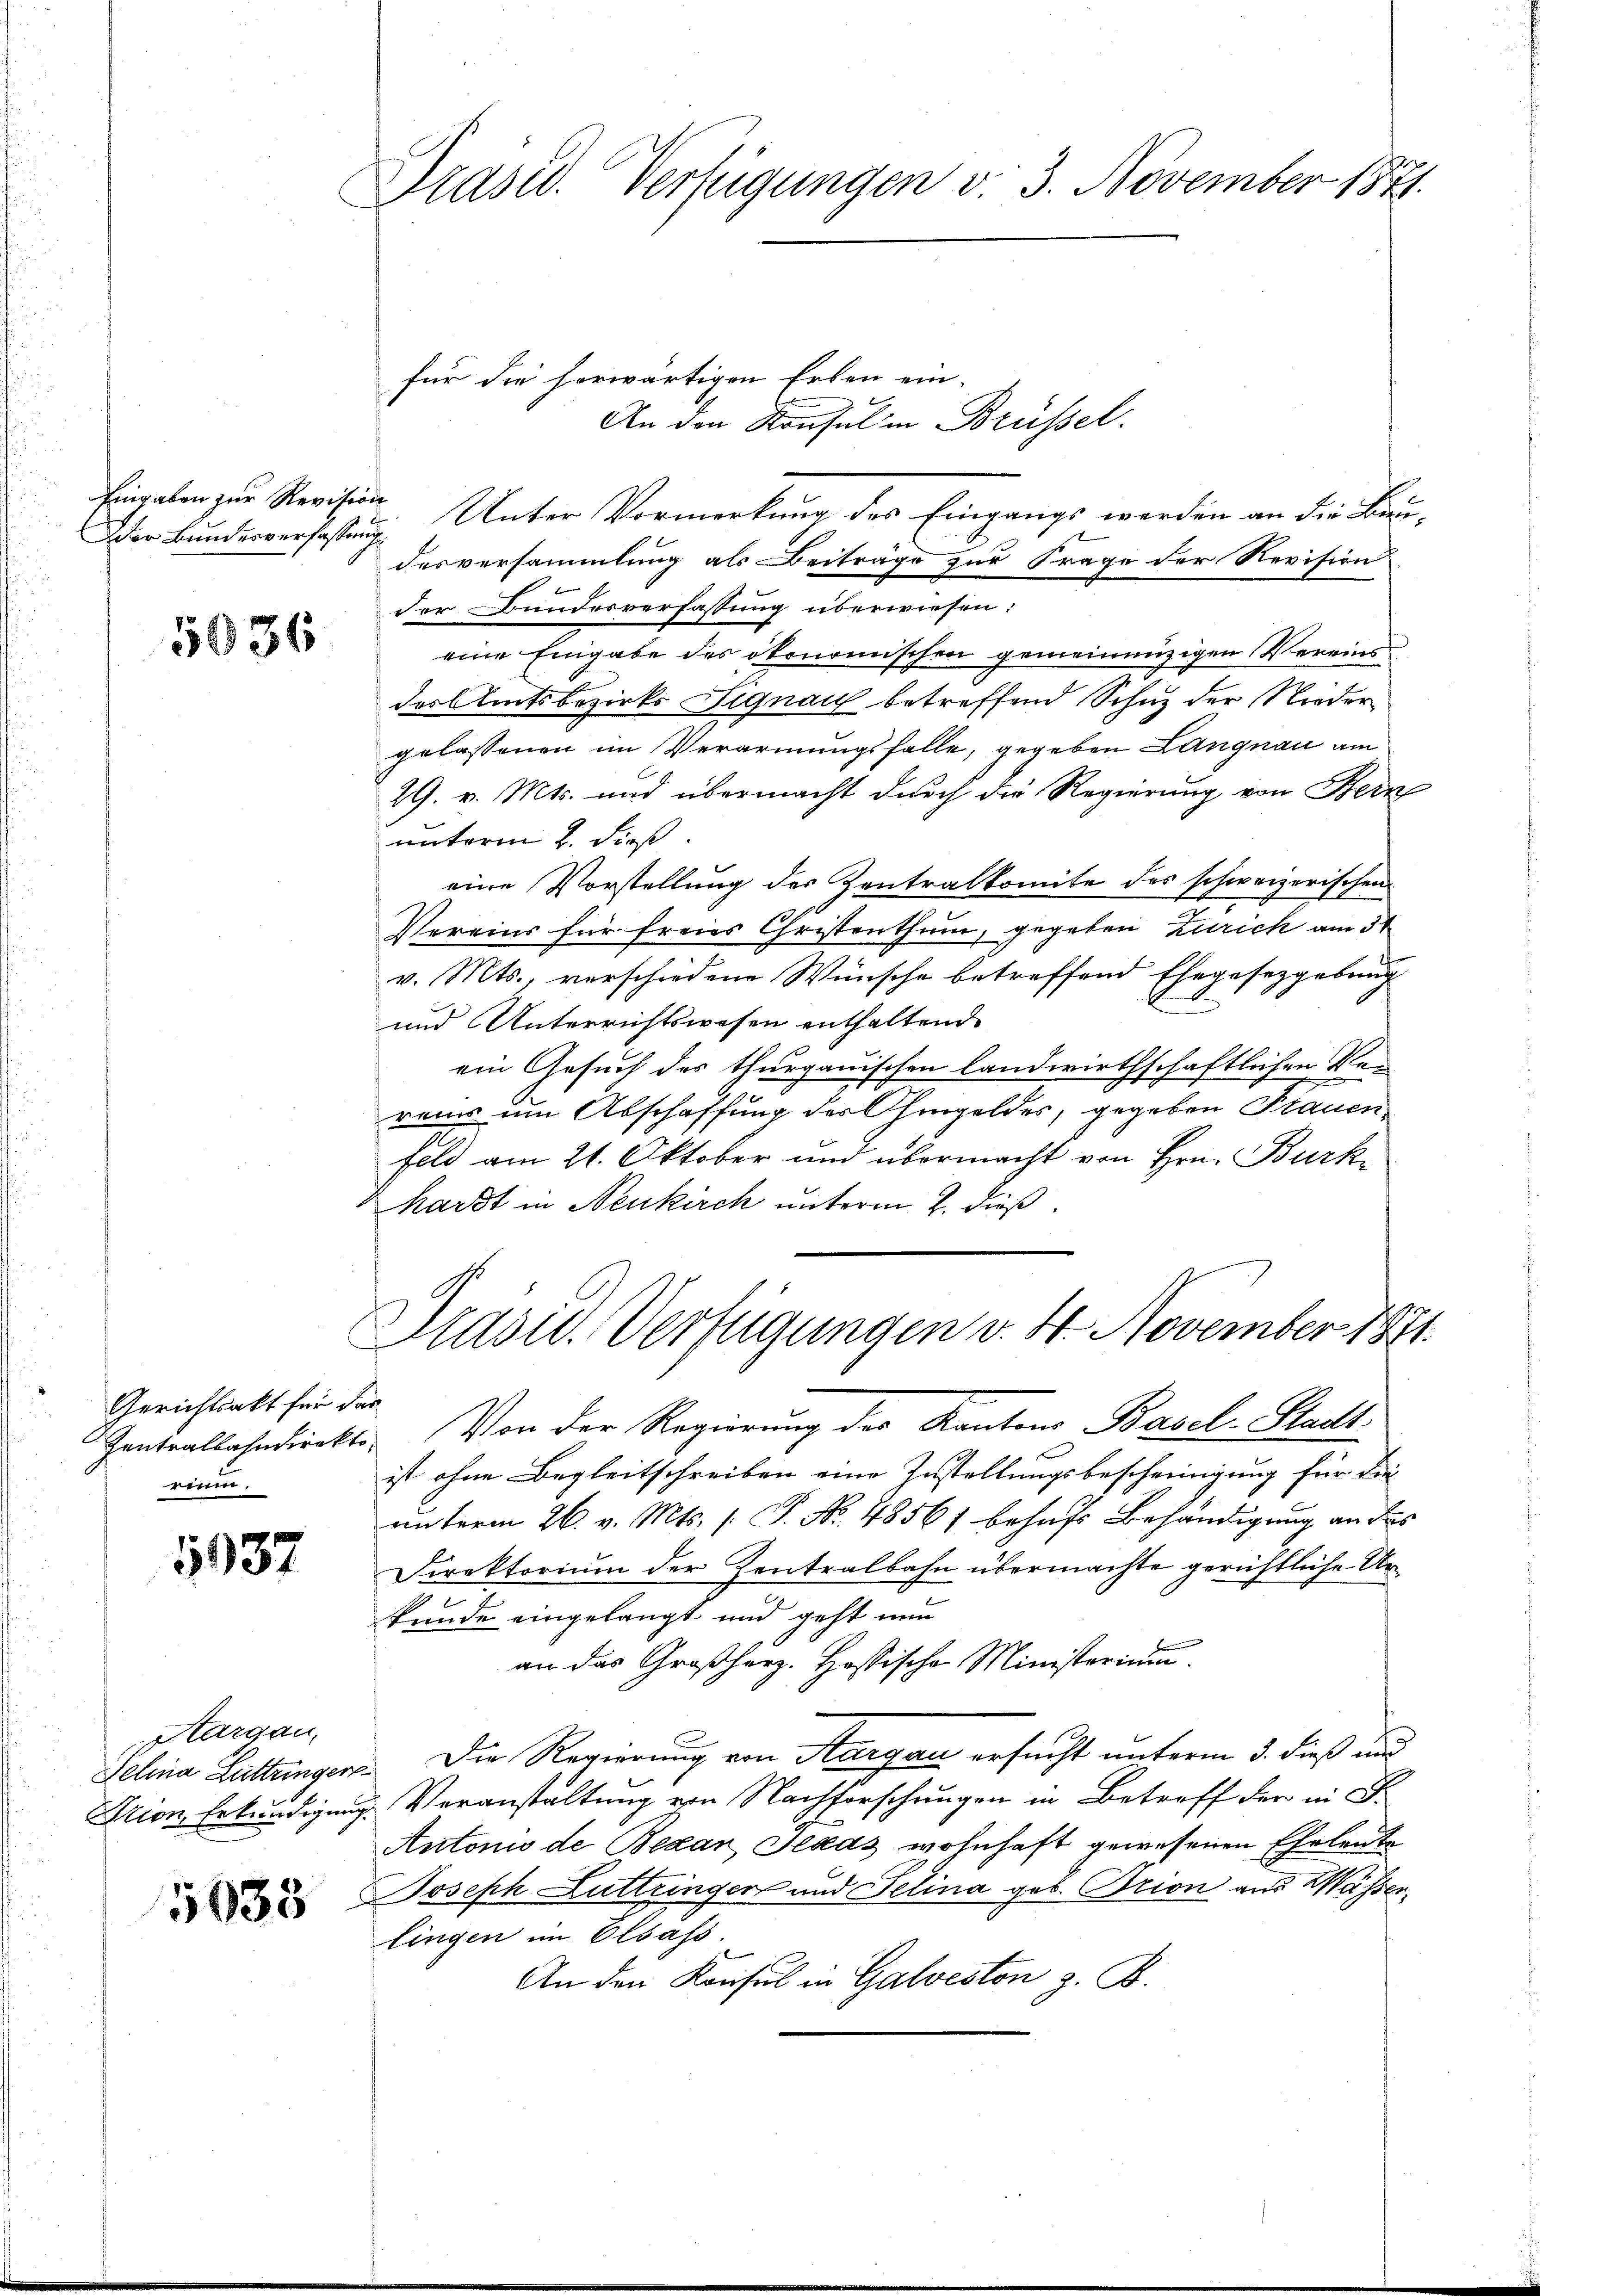
Eingaben zur Revision

5036

Gerichtsakt für das
runn.

5937

Aargau,

1635

Präsid. Verfügungen v. 3. November 1871.

für die herwärtigen Erben ein-
An den Konsul in Brüssel.
Der Bundesverfassung Unter Vormerkung des Eingangs werden an die Baue
desversammlung als Beiträge zur Frage der Revision
der Bundesverfassung überwiesen:
eine Eingabe des ökonomischen gemeinnüzigen Vereinsdas Amtsbezirks Signau betreffend Schuz der Niedergelassenen im Verarmungsfalle, gegeben Langnau am
29. v. Mts. und übermacht durch die Regierung von Bern
unterm 2. dies
eine Vorstellung der Zentralkomite des schweizerischen
Vereins für freies Christenthum, gegeben Zürich am 31
v. Mts., verschiedene Wünsche betreffend Ehegesetzgebung
und Unterrichtswesen enthaltende
ein Gesuch der thurgauischen landwirthschaftlichen Ver
reies um Abschaffung der Ohmgeldes, gegeben Frauen
feld am 21. Oktober und übermacht von Hrn. Burk
Karst in Neukirch unterm 2. dieß
Präsid.. Verfügungen v. 4. November 1871.

Zentralbahndieckt. Von der Regierung der Kantons Basel-Stadt
ist ohne Begleitschreiben eine Zustellungsbescheinigung für die
unterm 26. v. Mts. 1. P. No. 48567 behufs Behändigung an des
Direktorium der Zentralbahn übermachte gerichtliche Urkunde eingelangt und geht nun
an das Großherz. Hassische Ministerium.
Jelina Lattingen. Die Regierung von Margau ersucht unterm 3. dieß und
Ption Erkundigung. Veranstaltung von Nachforschungen in Betreff der in F.
Antonio de Bezan Texas wohnhaft gewesenen Eheleute
Joseph Luttzinger und Selina geb. Trion aus Wasser
lingen im Elsass.
An den Konsul in Galveston z. B.